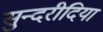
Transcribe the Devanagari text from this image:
सुन्दरीदिया